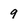
Character: 9